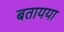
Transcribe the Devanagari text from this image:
बतायया